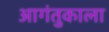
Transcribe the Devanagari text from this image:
आगंतुकाला